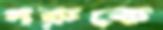
গরুকে